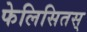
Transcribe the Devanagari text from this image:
फेलिसितस्